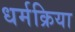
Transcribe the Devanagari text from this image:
धर्मक्रिया